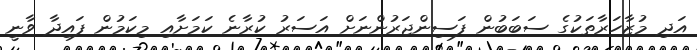
އަދި މުޒާހަރާތަކުގެ ސަބަބުން ފަސިންޖަރުންނަށް އަސަރު ކުރާނެ ކަމަށާއި މިކަމުން ފައިދާ ވާނީ